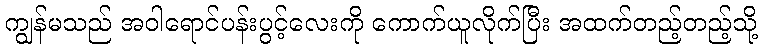
ကျွန်မသည် အဝါရောင်ပန်းပွင့်လေးကို ကောက်ယူလိုက်ပြီး အထက်တည့်တည့်သို့